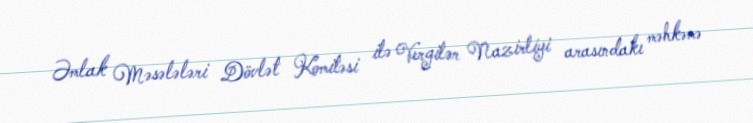
Əmlak Məsələləri Dövlət Komitəsi ilə Vergilər Nazirliyi arasındakı məhkəmə